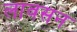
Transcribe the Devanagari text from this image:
लावसन